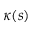
\kappa ( s )